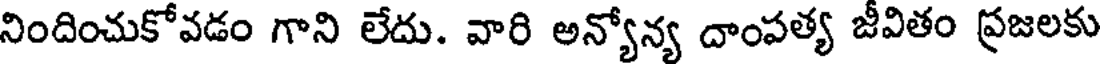
నిందించుకోవడం గాని లేదు. వారి అన్యోన్య దాంపత్య జీవితం ప్రజలకు